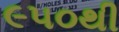
૯૫૦થી